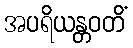
အပရိယန္တဝတိံ